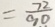
= \frac { 7 2 } { 9 0 }